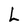
Character: L